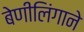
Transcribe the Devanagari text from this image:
बेणीलिंगाने